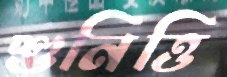
শুনিত্তি